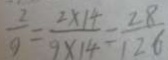
\frac { 2 } { 9 } = \frac { 2 \times 1 4 } { 9 \times 1 4 } = \frac { 2 8 } { 1 2 6 }